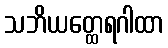
သဘိယတ္ထေရဂါထာ